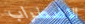
الاضطراب